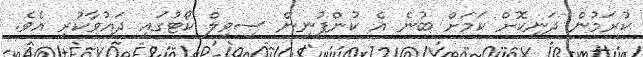
ކުރަމުން ދަނިކޮށް ކަމަށް ބުނެ އެ ކުންފުނިން ސިވިލް ކޯޓުގައި ދައުވާކުރި އެވެ.